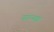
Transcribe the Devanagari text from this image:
नान्यत्र